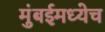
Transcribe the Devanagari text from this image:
मुंबईमध्येच